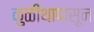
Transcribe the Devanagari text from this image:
कुळीथापासून